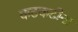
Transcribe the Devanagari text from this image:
कटकटीना